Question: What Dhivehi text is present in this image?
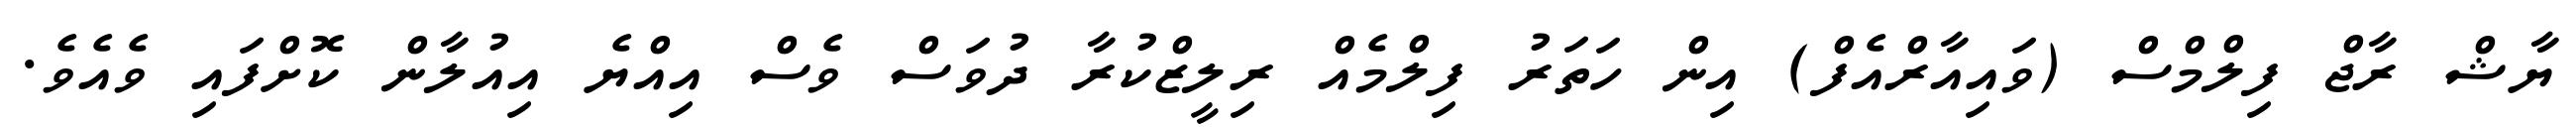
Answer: ޔާޝް ރާޖް ފިލްމްސް (ވައިއާރްއެފް) އިން ހަތަރު ފިލްމެއް ރިލީޒްކުރާ ދުވަސް ވެސް އިއްޔެ އިއުލާން ކޮށްފައި ވެއެވެ.